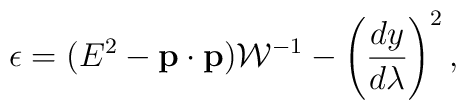
\epsilon=(E^2-{\bf p}\cdot{\bf p}){\cal W}^{-1}-\left({{dy}\over{d\lambda}}\right)^2,